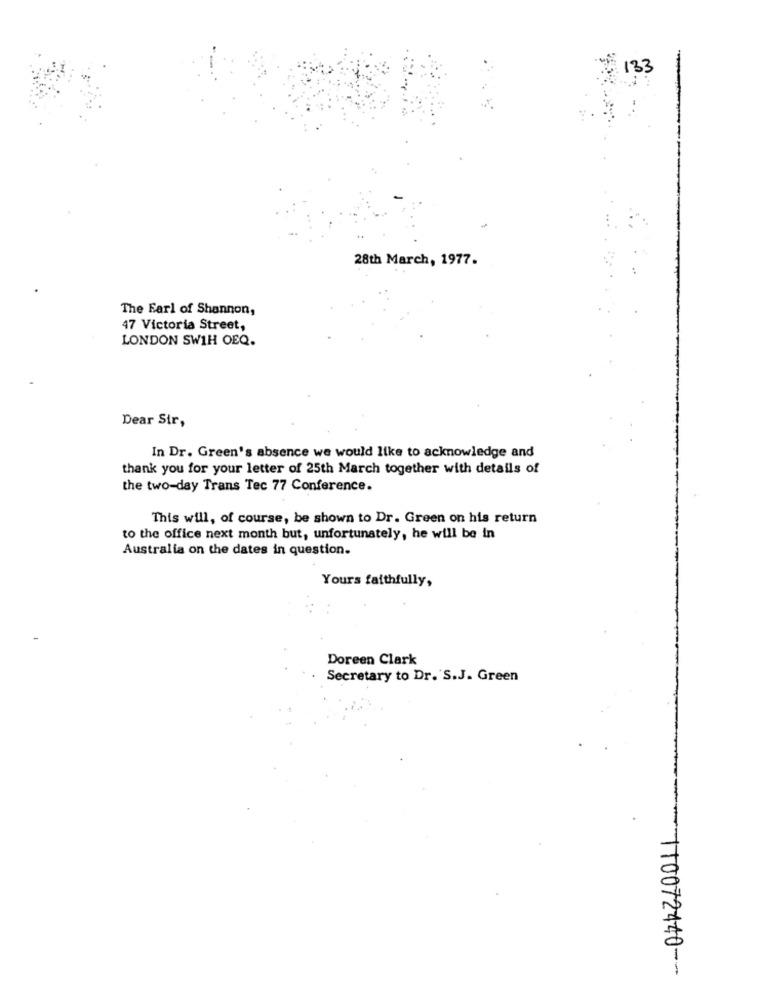
133
28th March, 1977.
The Earl of Shannon,
47 Victoria Street,
LONDON SWIH OEQ.
Dear Sir,
In Dr. Green's absence we would like to acknowledge and
thank you for your letter of 25th March together with details of
the two-day Trans Tec 77 Conference.
This will, of course, be shown to Dr. Green on his return
to the office next month but, unfortunately, he will be in
Australia on the dates in question.
Yours faithfully,
Doreen Clark
Secretary to Dr. S.J. Green
110072440 --